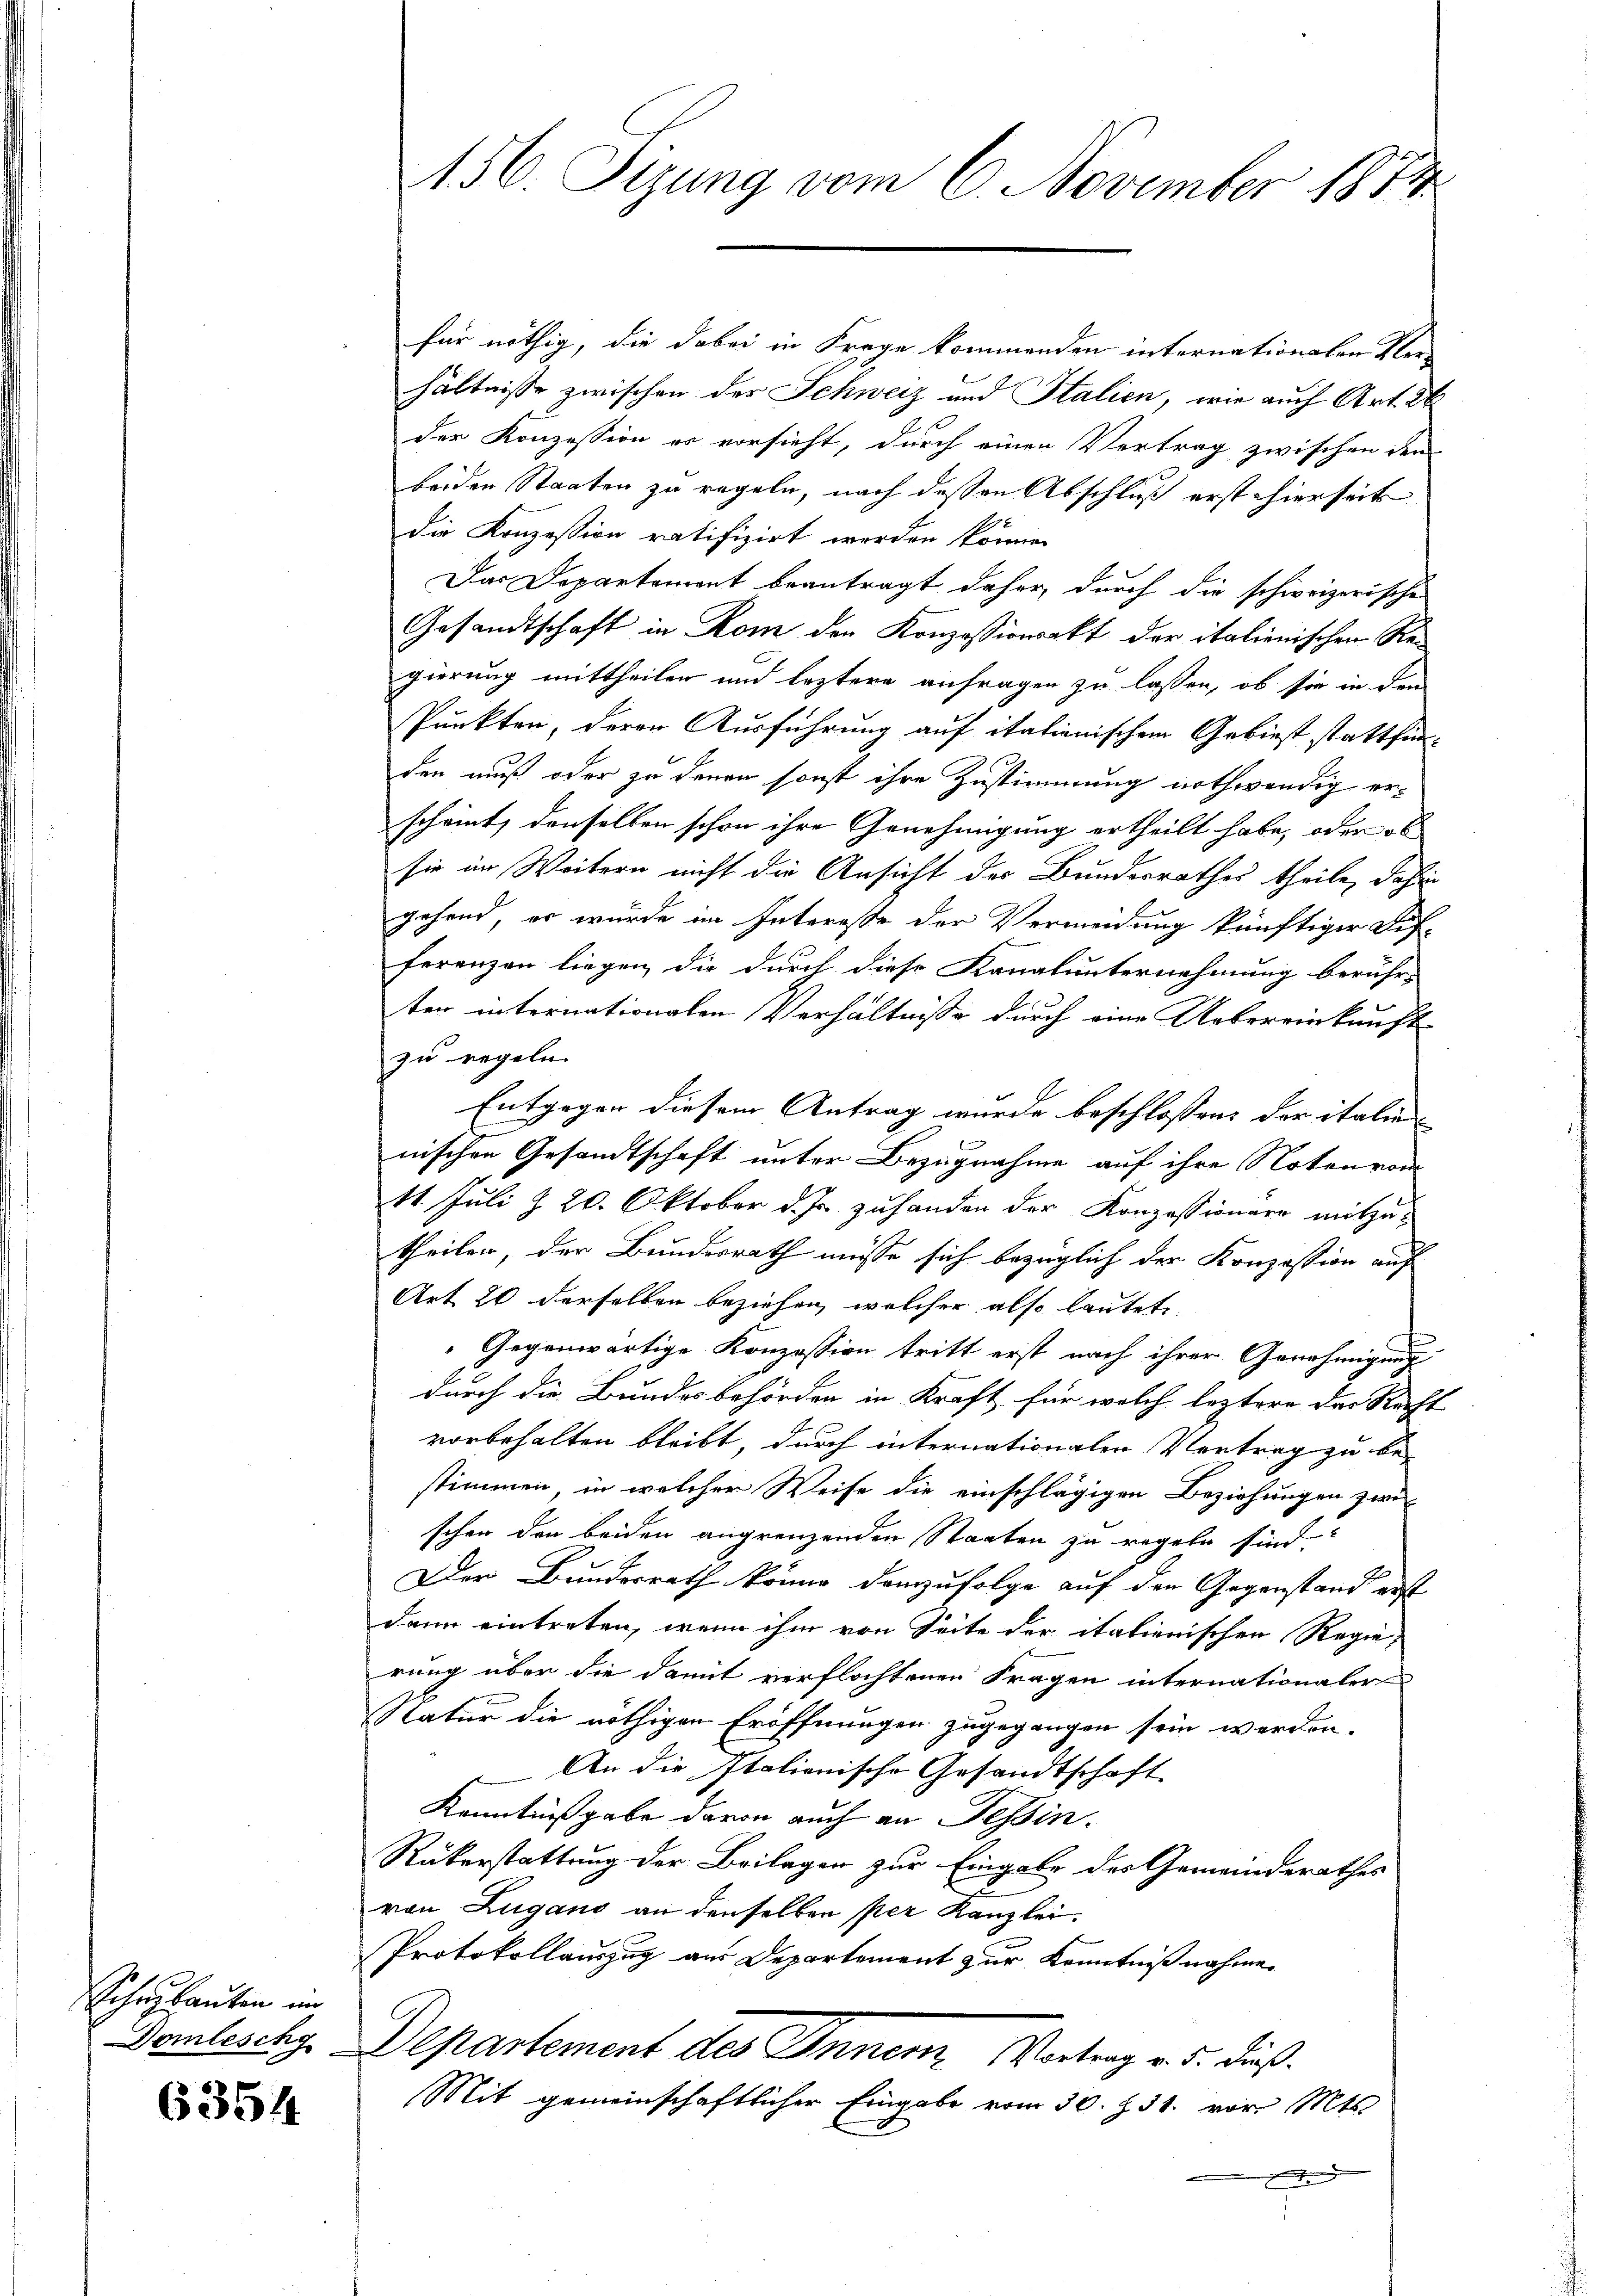
Schen lauten im

6354

156. Sizung vom 6. November 1881

für nöthig, die dabei in Frage kommenden internationalen Verhältnisse zwischen der Schweiz und Stalien, wie auch Art. 26
der Konzession er vorsieht, durch einen Vertrag zwischen den
beiden Staaten zu regeln, nach dessen Abschluß erst hierseits
die Konzession ratifizirt werden könne.
Das Departement beantragt daher, durch die schweizerisches
Gesandtschaft in Rom den Konzessionsakt der italienischen Regierung mittheilen und leztere anfragen zu lassen, ob sie in den
Punkten, deren Ausführung auf itationischem Gebiest stattfinden muß oder zu denen sonst ihre Zustimmung nothwendig erscheint, denselben schon ihre Genehmigung ertheilt habe, oder ob
sie im Weitern nicht die Ansicht der Bundesrathes theile, dahin
gehend, er wurde im Interesse der Vermeidung künftiger Auf-
ferenzen liegen, die durch diese Kanalunternehmung berühr-
ter internationalen Verhältnisse durch eine Uebereinkauft
zu regeln.
Entgegen diesem Antrag wurde beschlossen: der italie
l
nischen Gesandtschaft unter Bezugnahme auf ihre Noten vom
11. Juli Z. 20. Oktober d. Js. zuhanden der Konzessionare mitzu-
theilen, der Bundesrath müsse sich bezüglich der Konzession auf
Art. 20 derselben beziehen, welcher also lautete,
Gegenwärtige Konzession tritt erst nach ihrer Genehmigung
durch die Bundesbehörden in Kraft, für welch leztere das Recht
vorbehalten bleibt, durch internationalen Vertrag zu be-
stimmen, in welcher Weise die einschlägigen Beziehungen zwei
schen den beiden angrenzenden Staaten zu regeln sind.
Der Bundesrath könne demzufolge auf den Gegenstand erst
dann eintreten, wenn ihm von Seite der italierischen Regie-
rung über die damit verflochtenen Fragen internationaler
Natur die nöthigen Eröffnungen zugegangen sein werden.
An die Italionische Gesandtschaft
Kenntnißgabe davon auch an Tessin.
Rükerstattung der Beilagen zur Eingabe des Gemeinderathes
von Zugano an denselben per Kanzlei.
Protokollauszug aus Departement zur Kenntnißnahme
Domleschy, Departement des Innern Vortrag v. 5. dieß¬
Mit gemeinschaftlicher Eingabe vom 30. Z. 31. vor. Mts.